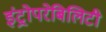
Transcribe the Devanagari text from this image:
इंट्रोपरेबिलिटी